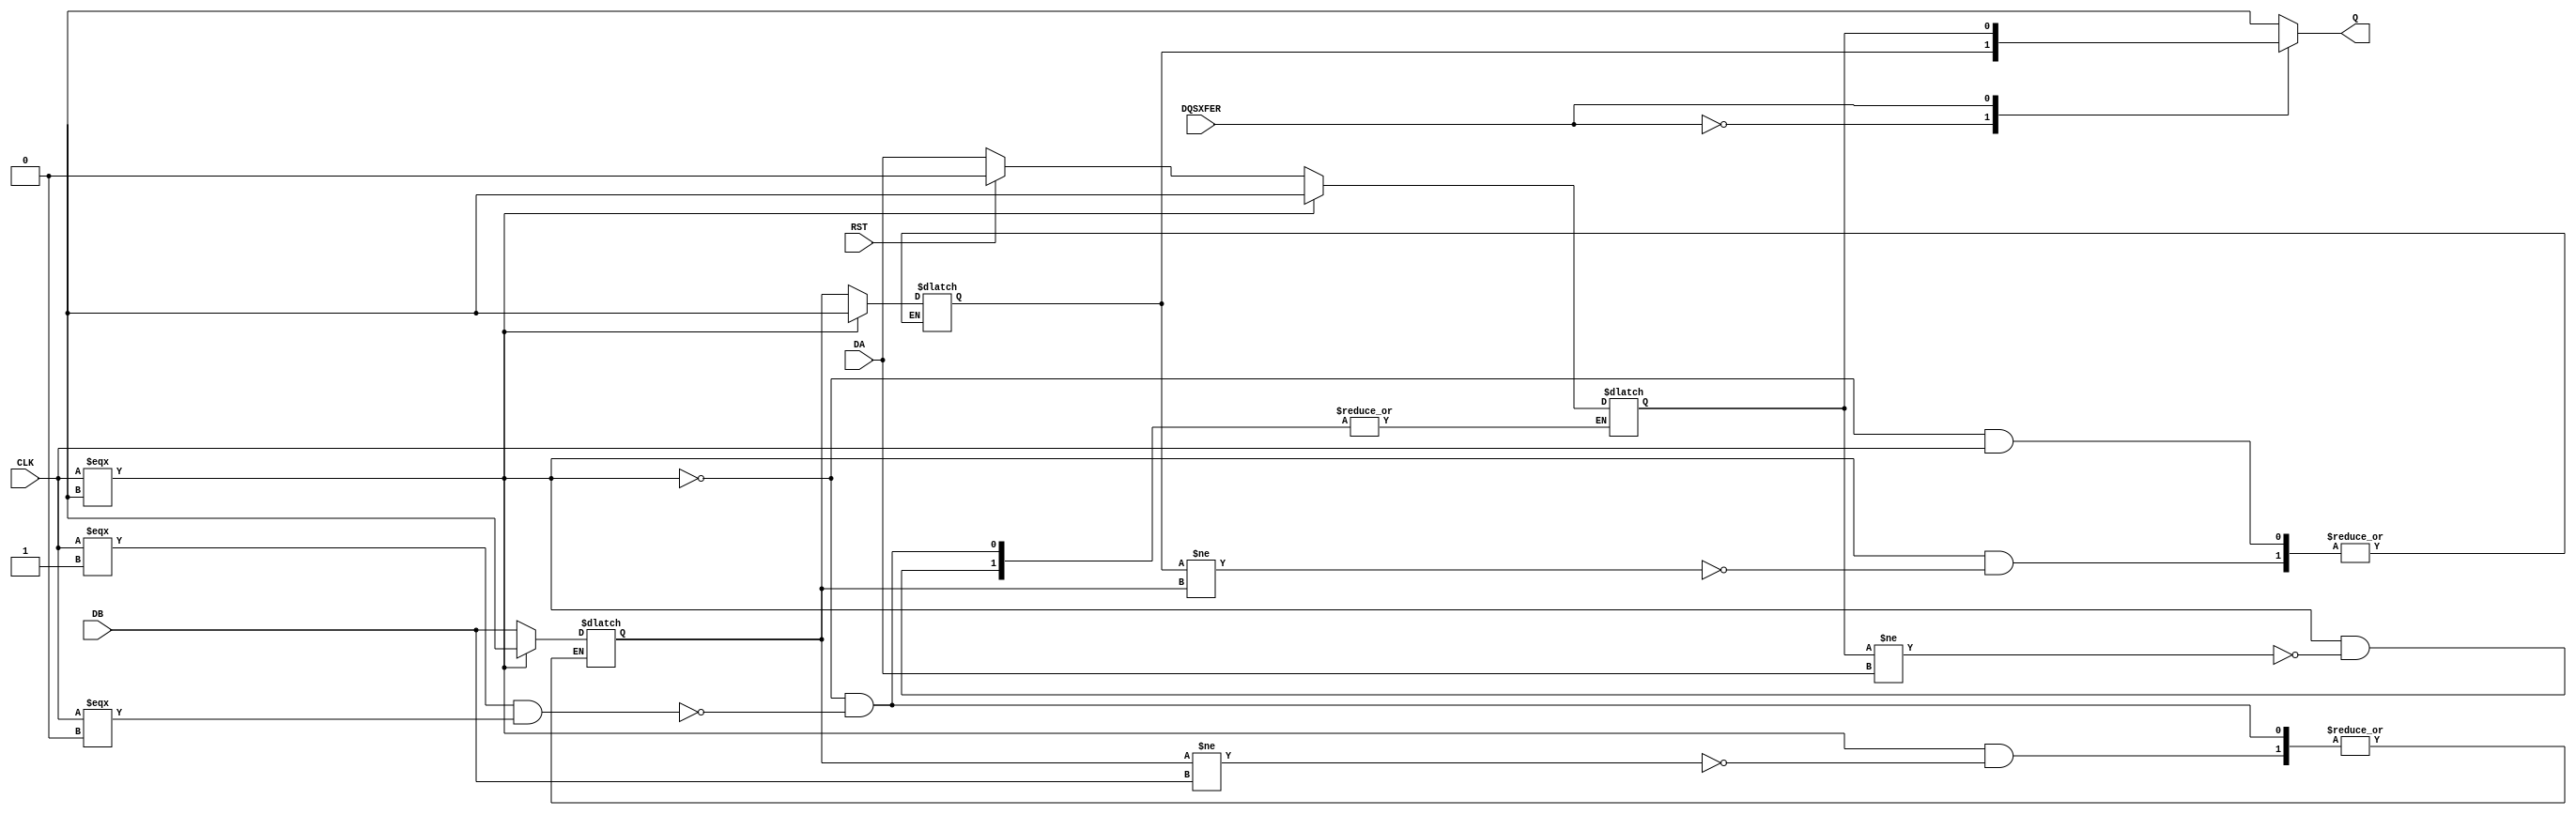
// --------------------------------------------------------------------
// >>>>>>>>>>>>>>>>>>>>>>>>> COPYRIGHT NOTICE <<<<<<<<<<<<<<<<<<<<<<<<<
// --------------------------------------------------------------------
// Copyright (c) 2005 by Lattice Semiconductor Corporation
// --------------------------------------------------------------------
//
//
//                     Lattice Semiconductor Corporation
//                     5555 NE Moore Court
//                     Hillsboro, OR 97214
//                     U.S.A.
//
//                     TEL: 1-800-Lattice  (USA and Canada)
//                          1-408-826-6000 (other locations)
//
//                     web: http://www.latticesemi.com/
//
// --------------------------------------------------------------------
//
// Simulation Library File for ECP2
//
// $Header:
//
`resetall
`timescale 1 ns / 1 ps

`celldefine

module ODDRMXA(DA, DB, RST, CLK, DQSXFER, Q);
   input DA, DB, RST, CLK, DQSXFER;
   output Q;

   reg Q_b;
   reg QP0, QP1, QN;
   reg last_CLK;
   wire QN_sig;
   wire RSTB, CLKB, DQSXFERB;

   assign QN_sig = Q_b; 

   buf (Q, QN_sig);
   buf (ONEG0, DA);
   buf (OPOS0, DB);
   buf (RSTB, RST);
   buf (CLKB, CLK);
   buf (DQSXFERB, DQSXFER);

      function DataSame;
        input a, b;
        begin
          if (a === b)
            DataSame = a;
          else
            DataSame = 1'bx;
        end
      endfunction

initial
begin
QP0 = 0;
QP1 = 0;
QN = 0;
end

initial
begin
last_CLK = 1'b0;
end

always @ (CLKB)
begin
   last_CLK <= CLKB;
end

always @ (CLKB)
begin
   if (CLKB === 1'bX)
   begin
      if (QN != ONEG0)
         QN <= 1'bX;
   end
   else
   begin
      if (CLKB === 1'b1 && last_CLK === 1'b0)
         begin
            if (RSTB == 1'b1)
               QN <= 1'b0;
            else
               QN <= ONEG0;
         end
   end
end

always @ (CLKB)
begin
   if (CLKB === 1'bX)
   begin
      if (QP0 != OPOS0)
         QP0 <= 1'bX;
   end
   else
   begin
      if (CLKB === 1'b1 && last_CLK === 1'b0)
         begin
            QP0 <= OPOS0;
         end
   end
end

always @ (CLKB or QP0)
begin
   if (CLKB === 1'bX)
   begin
      if (QP1 != QP0)
         QP1 <= 1'bX;
   end
   else
   begin
      if (CLKB == 1'b0)
         begin
            QP1 <= QP0;
         end
   end
end

always @ (QP1 or QN or DQSXFERB)
begin
   case (DQSXFERB)
        1'b0 :  Q_b = QP1;
        1'b1 :  Q_b = QN;
        default Q_b = DataSame(QN, QP1);
   endcase
end

endmodule

`endcelldefine